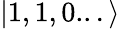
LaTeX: |1,1,0...\rangle